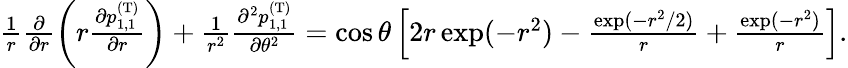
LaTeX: \begin{array}{r}{\frac{1}{r}\frac{\partial}{\partial r}\left(r\frac{\partial p_{1,1}^{\mathrm{(T)}}}{\partial r}\right)+\frac{1}{r^{2}}\frac{\partial^{2}p_{1,1}^{\mathrm{(T)}}}{\partial\theta^{2}}=\cos\theta\left[2r\exp(-r^{2})-\frac{\exp(-r^{2}/2)}{r}+\frac{\exp(-r^{2})}{r}\right].}\end{array}